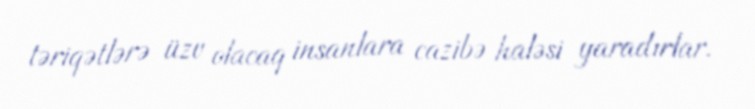
təriqətlərə üzv olacaq insanlara cazibə haləsi yaradırlar.